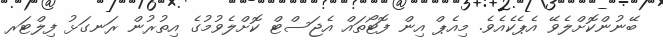
ބޭނުންކޮށްލެވޭ އެޕެކެއެވެ. މިއެޕް އިން ފޮޓޯތައް އެޖަސްޓް ކޮށްލެވުމުގެ އިތުރުން ރަނގަޅު ފިލްޓަރ